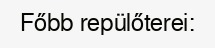
Főbb repülőterei: